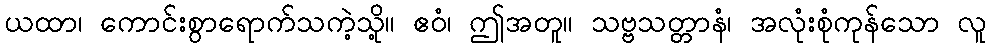
ယထာ၊ ကောင်းစွာရောက်သကဲ့သို့။ ဧဝံ၊ ဤအတူ။ သဗ္ဗသတ္တာနံ၊ အလုံးစုံကုန်သော လူ